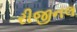
રીજીનલ